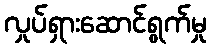
လှုပ်ရှားဆောင်ရွက်မှု